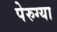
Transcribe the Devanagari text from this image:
पेरुग्या